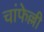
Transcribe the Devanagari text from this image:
चांफेल्ली